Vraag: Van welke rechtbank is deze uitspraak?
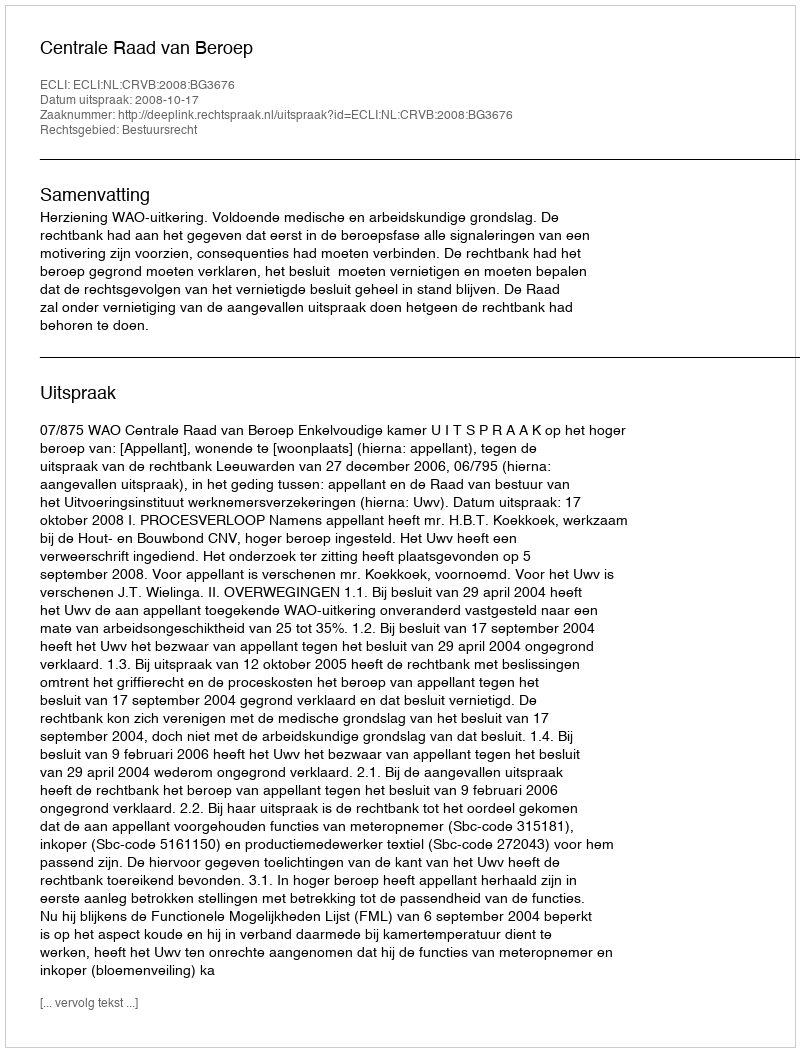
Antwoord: Centrale Raad van Beroep